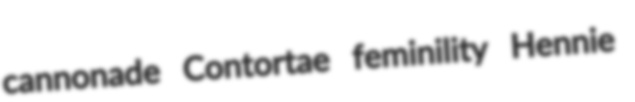
cannonade Contortae feminility Hennie